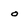
Character: o